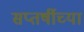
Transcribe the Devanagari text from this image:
सप्तर्षीच्या